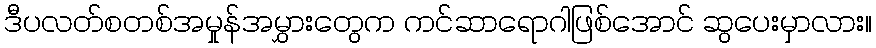
ဒီပလတ်စတစ်အမှုန်အမွှားတွေက ကင်ဆာရောဂါဖြစ်အောင် ဆွပေးမှာလား။